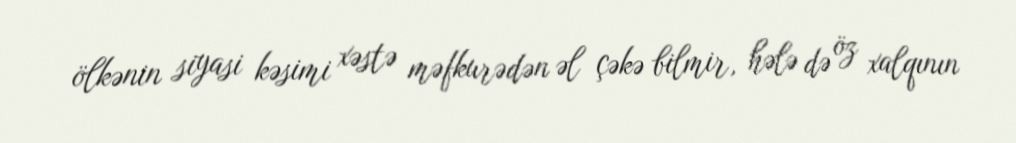
ölkənin siyasi kəsimi xəstə məfkurədən əl çəkə bilmir, hələ də öz xalqının